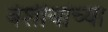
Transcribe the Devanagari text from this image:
वंशीयांच्या